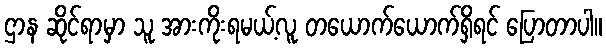
ဌာန ဆိုင်ရာမှာ သူ အားကိုးရမယ့်လူ တယောက်ယောက်ရှိရင် ပြောတာပါ။